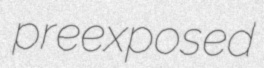
preexposed